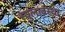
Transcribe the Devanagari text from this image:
स्थुलावस्था